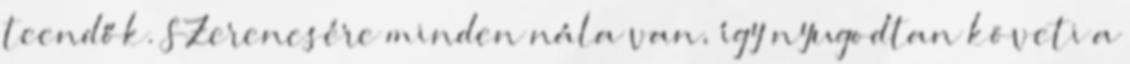
teendők. SZerencsére minden nála van, így nyugodtan követi a